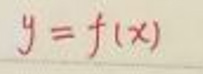
$y = f(x)$